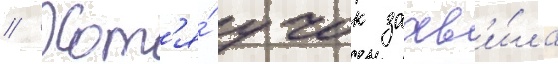
// Хот'я́ учок заав'и́ла